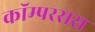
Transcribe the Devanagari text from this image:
कॉम्परसस